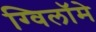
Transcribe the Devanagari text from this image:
ग्विलॉमे